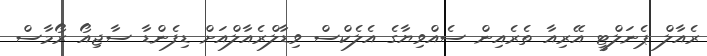
ރެއާލް ޕެނަލްޓީ އޭރިއާ ތެރެއިން ސެއްވިޔާގެ އެލެކްސް ވިޑާލްރެއާލްއަށް ޑިފެންޑާ ސާޖިއޯ ރޯމާސް